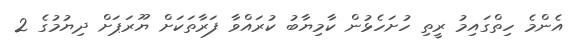
އެންމެ ހިތްގައިމު ރީތި ހުށަހެޅުން ކާމިޔާބު ކުރައްވާ ފަރާތަކަށް ޔޫރަޕަށް ދިޔުމުގެ 2